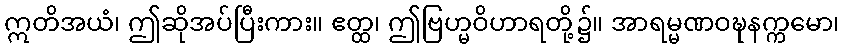
ဣတိအယံ၊ ဤဆိုအပ်ပြီးကား။ ဧတ္ထ၊ ဤဗြဟ္မဝိဟာရတို့၌။ အာရမ္မဏဝဍ္ဎနက္ကမော၊